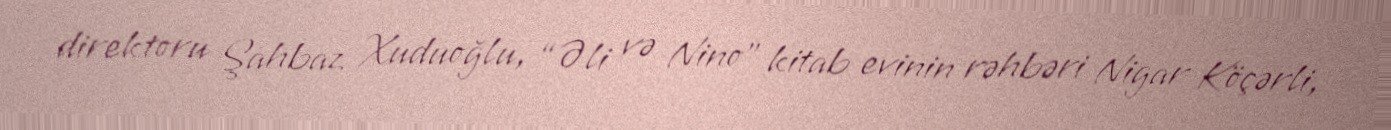
direktoru Şahbaz Xuduoğlu, “Əli və Nino” kitab evinin rəhbəri Nigar Köçərli,